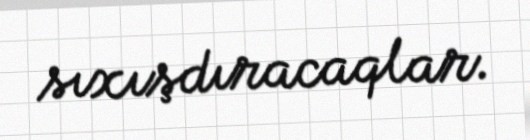
sıxışdıracaqlar.